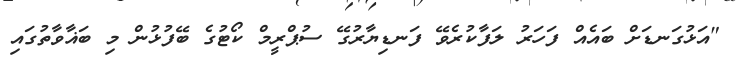
"އަޅުގަނޑަށް ބައެއް ފަހަރު ލަފާކުރެވޭ ފަނޑިޔާރުގޭ ސުޕްރީމް ކޯޓުގެ ބޭފުޅުން މި ބަޣާވާތުގައި